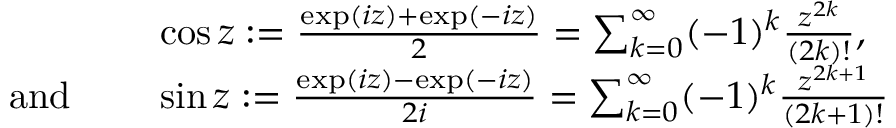
{ \begin{array} { r l } & { \cos z : = { \frac { \exp ( i z ) + \exp ( - i z ) } { 2 } } = \sum _ { k = 0 } ^ { \infty } ( - 1 ) ^ { k } { \frac { z ^ { 2 k } } { ( 2 k ) ! } } , } \\ { { \mathrm { a n d ~ } } \quad } & { \sin z : = { \frac { \exp ( i z ) - \exp ( - i z ) } { 2 i } } = \sum _ { k = 0 } ^ { \infty } ( - 1 ) ^ { k } { \frac { z ^ { 2 k + 1 } } { ( 2 k + 1 ) ! } } } \end{array} }